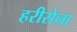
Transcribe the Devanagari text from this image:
हरीसेना